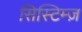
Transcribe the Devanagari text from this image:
सिस्टिम्ज़